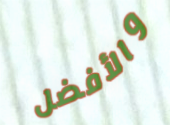
والأفضل